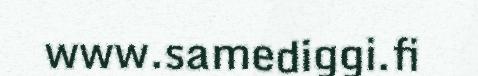
www.samediggi.fi